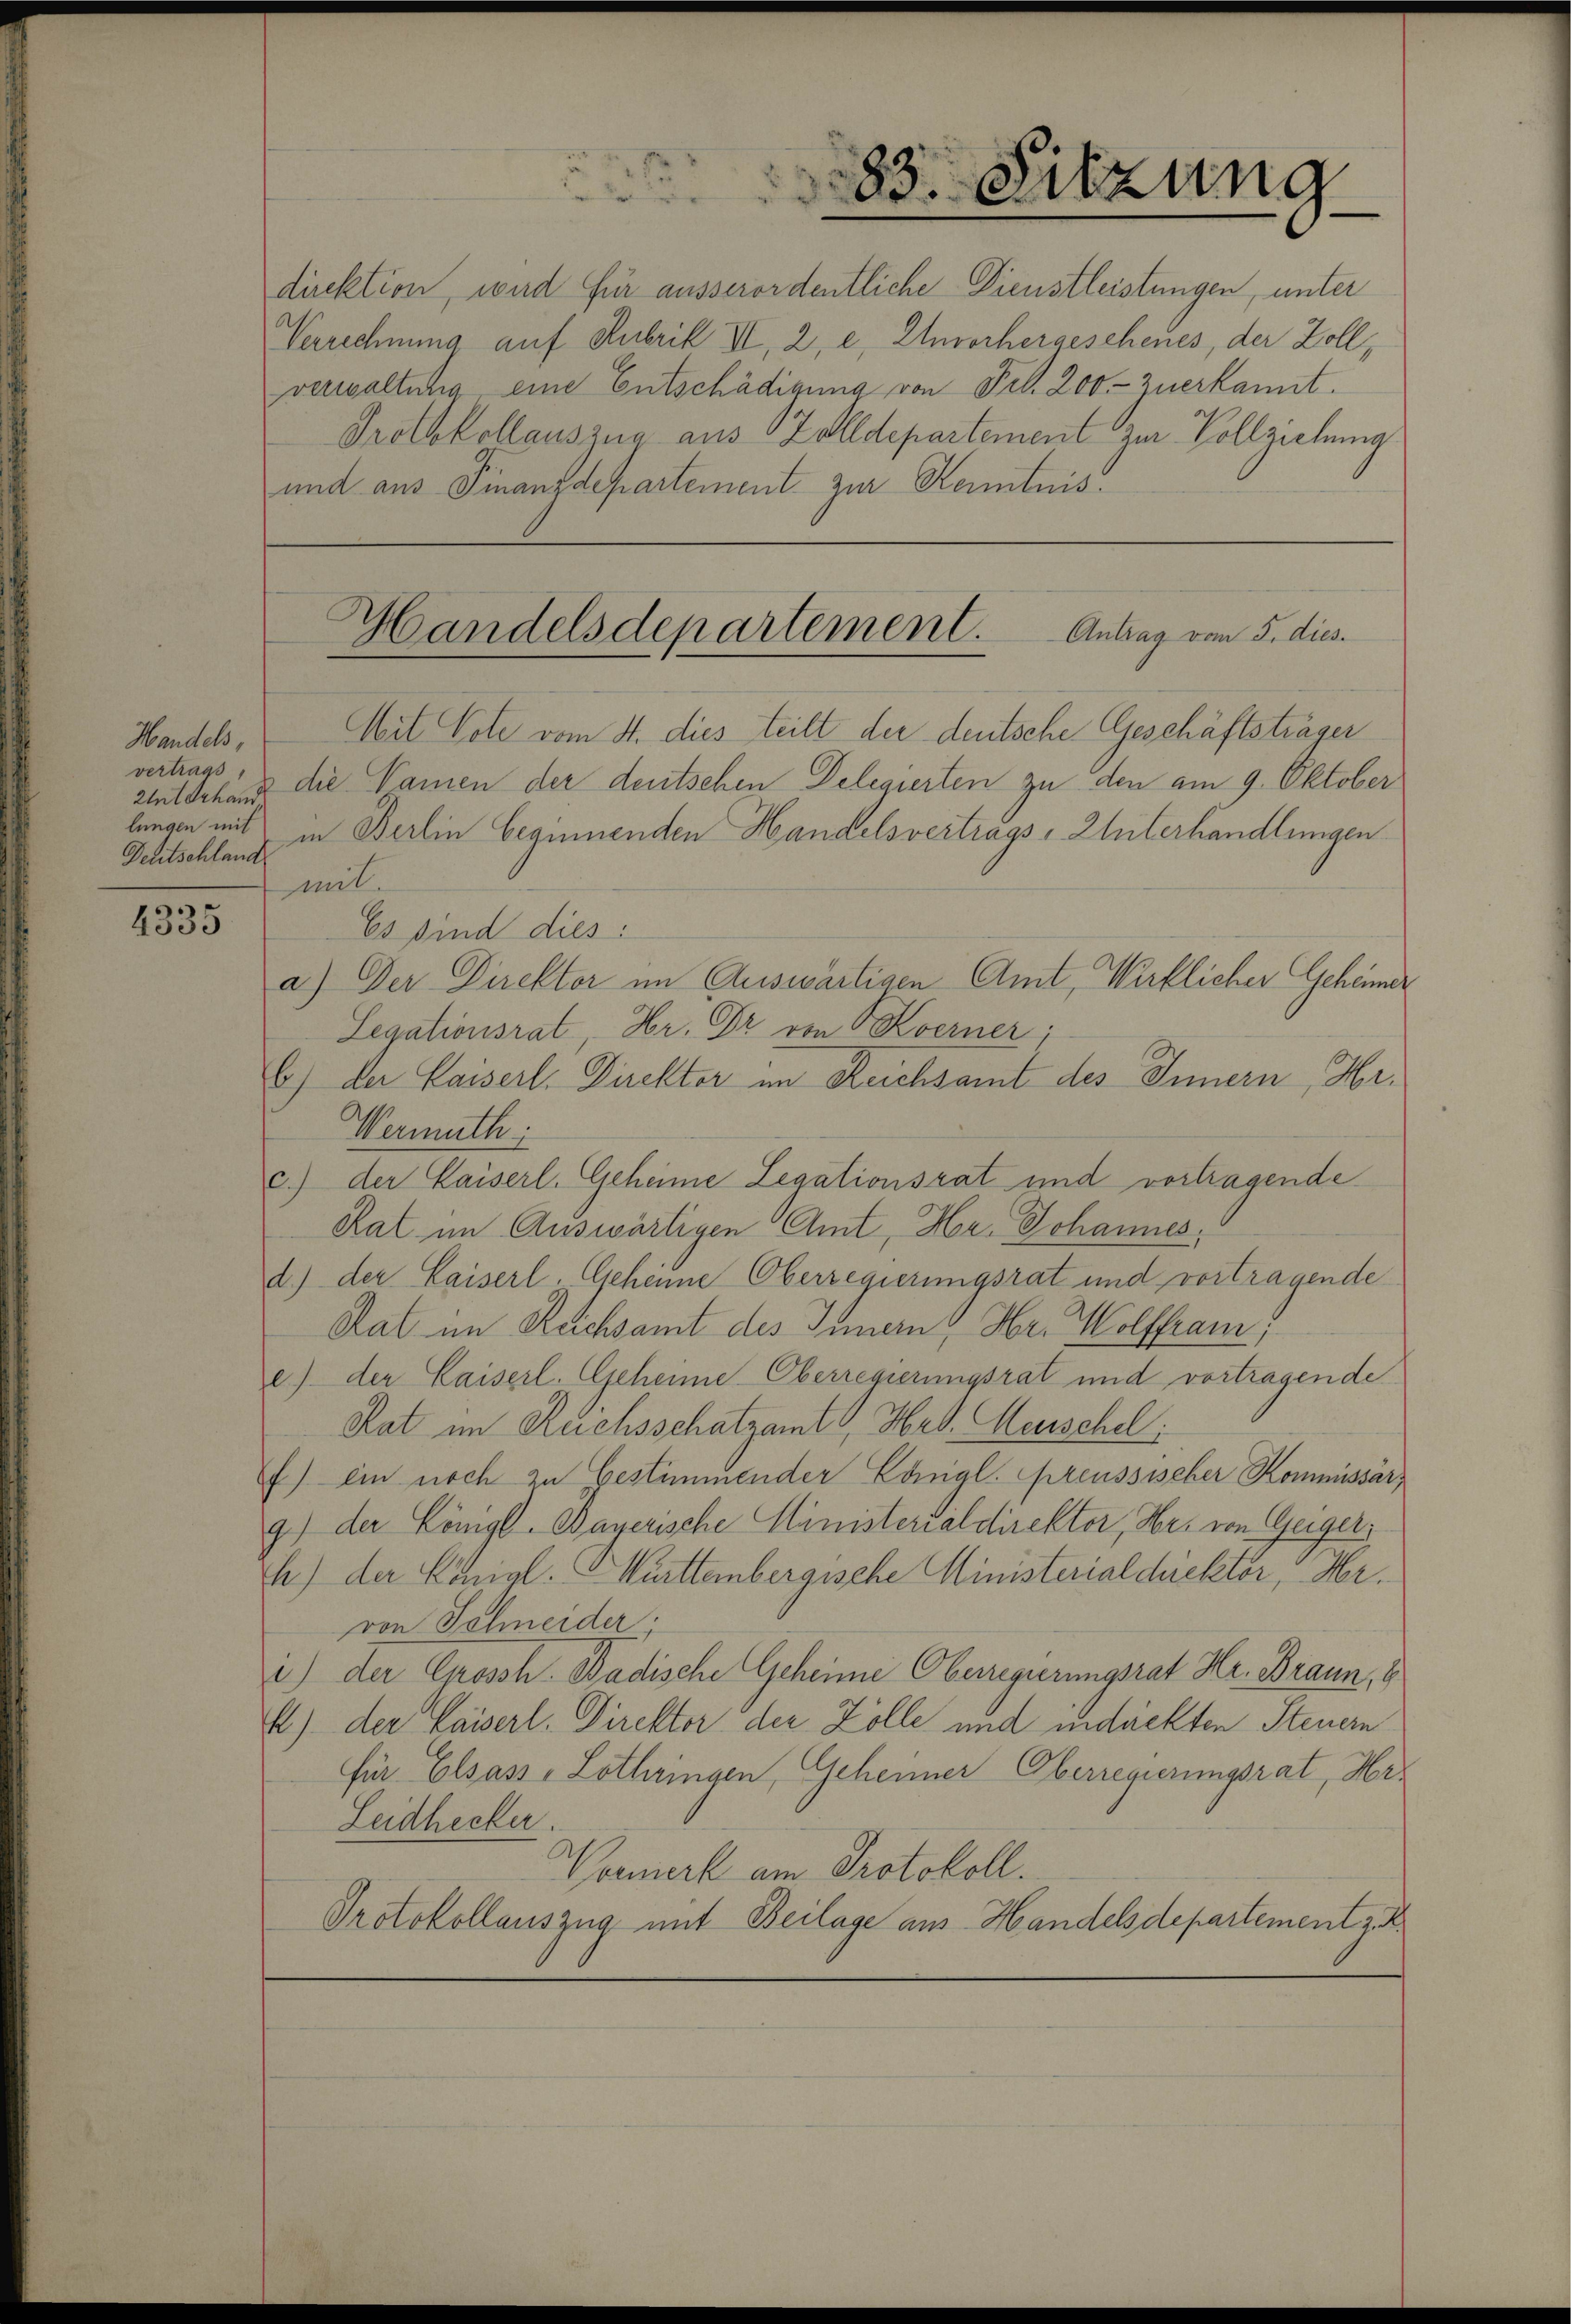
Handels,
vertrags
Zint erhand,
Deutschland

4335

direktion, wird für ausserordentliche Dienstleistungen, unter
Verrechnung auf Rubrik III, 2, e, Unvorhergescheues, der Zollverwaltung eine Entschädigung von Frk. 200 zuerkannt.
Protokollauszug aus Zolldepartement zur Vollziehung
und aus Finanzdepartement zur Kenntnis.

Mit Tote vom 4. dies teilt der deutsche Geschäftsträger
die Namen der deutschen Delegierten zu den am 9. Oktober
mmit
Es sind dies:
a.) Der Direktor im Auswärtigen Amt, Wirklicher Geheimer
Legationsrat, Hr. Dr. von Kerner,
6) der Kaiserl. Direktor im Reichsamt des Innern, Hr.
Wermuth:
c.) der Kaiserl. Geheime Legationsrat und vortragende
Rat im Auswärtigen Amt, Hr. Johannes,
d.) der Kaiserl. Geheime Oberregierungsrat und vortragende
Rat im Reichsamt des Innern, Hr. Wolffram,
e) der Kaiserl. Geheime-Oberregierungsrat und vortragende
Rat im Ruchsschatzamt Hr. Menschel
) ein noch zu bestimmender Cannigl. preussischer Kommissär,
9) der Königl. Bayerische Ministerialdirektor, Hr. von Geiger,
h) der Längl. Württembergische Ministerialdirektor Hervon Schneider.
c.) der Crossh. Badische Geheime Oberregierungsrat Hr. Braun, 6
4) der Kaiserl. Direktor der Zölle und indickten Steuern
für Elsass, Lothringen, Geheimer Oberregierungsrat, Her¬
Leidhecker.
Vormerk am Protokoll.
Protokollauszug mit Beilage aus Handelsdepartement z.

7
r

83. Sitzung

Handelsdepartement. Antrag vom 5. dies

lungen mit in Berlin beginnenden Handelsvertrags, Unterhandlungen